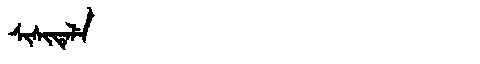
Manchu: ᠰᡳᠰᡳᡨᡝᠯᡝ
Romanization: SISITELE